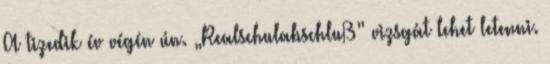
A tizedik év végén ún. „Realschulabschluß” vizsgát lehet letenni.